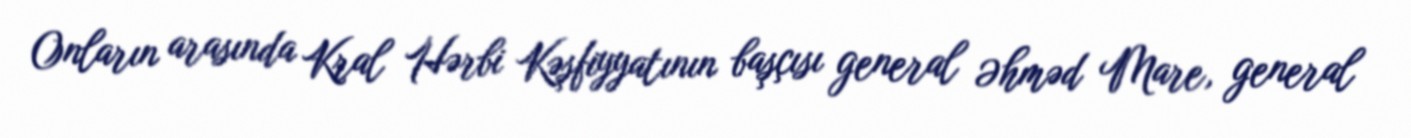
Onların arasında Kral Hərbi Kəşfiyyatının başçısı general Əhməd Mare, general